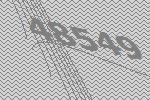
48549